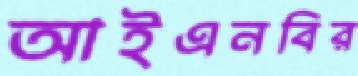
আইএনবির